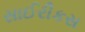
સાઈરીકસ